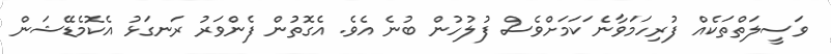
ވަސީލަތްތަކެއް ފުރިހަމަވާނެ ަކަމަށްވެސް ފުލުހުން ބުނެ އެވެ. އެގޮތުން ފެންވަރު ރަނގަޅު އެކޮމެޑޭޝަން